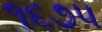
૧૬૭૫